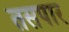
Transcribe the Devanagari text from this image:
तसपार